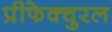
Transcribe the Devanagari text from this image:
प्रीफेक्चुरल